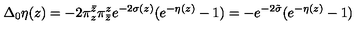
\Delta _ { 0 } \eta ( z ) = - 2 \pi _ { z } ^ { \bar { z } } \pi _ { \bar { z } } ^ { z } e ^ { - 2 \sigma ( z ) } ( e ^ { - \eta ( z ) } - 1 ) = - e ^ { - 2 \tilde { \sigma } } ( e ^ { - \eta ( z ) } - 1 )